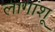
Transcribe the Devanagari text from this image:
लागांशू